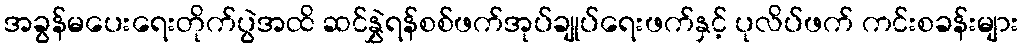
အခွန်မပေးရေးတိုက်ပွဲအထိ ဆင်နွှဲရန်စစ်ဖက်အုပ်ချုပ်ရေးဖက်နှင့် ပုလိပ်ဖက် ကင်းစခန်းများ